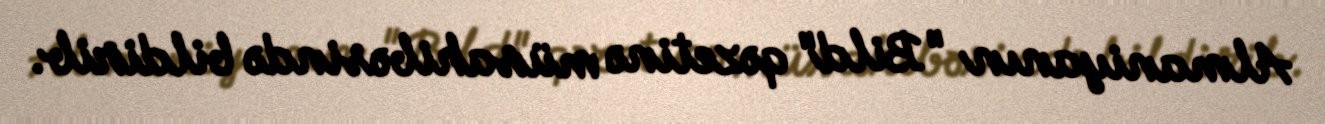
Almaniyanın "Bild" qəzetinə müsahibəsində bildirib.